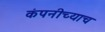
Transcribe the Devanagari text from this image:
कंपनीच्याच